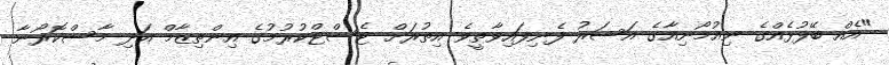
"އެއް ބޭފުޅެއްގެ ނިއުމޯނިއާގެ އަސަރު ފެނިފައިވާތީވެ އިތުރަށް ޓެސްޓްކުރުމުގެ އިންތިޒާމް އަދި މާސްކޮރޯނާ